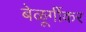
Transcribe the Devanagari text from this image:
बेळूर्गीकर